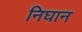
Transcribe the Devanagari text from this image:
निघान